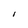
Character: I